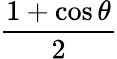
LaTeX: \frac{1+\cos\theta}{2}